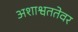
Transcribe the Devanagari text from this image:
अशाश्वततेवर